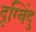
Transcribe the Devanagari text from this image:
दृग्बिंदु